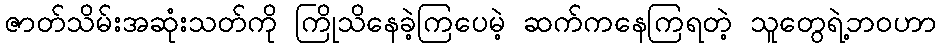
ဇာတ်သိမ်းအဆုံးသတ်ကို ကြိုသိနေခဲ့ကြပေမဲ့ ဆက်ကနေကြရတဲ့ သူတွေရဲ့ဘဝဟာ